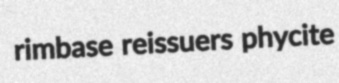
rimbase reissuers phycite